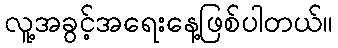
လူ့အခွင့်အရေးနေ့ဖြစ်ပါတယ်။